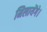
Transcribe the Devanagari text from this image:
मिलायेंगे।